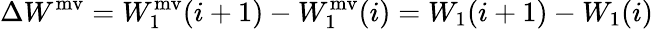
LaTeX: \Delta W^{\mathrm{mv}}=W_{1}^{\mathrm{mv}}(i+1)-W_{1}^{\mathrm{mv}}(i)=W_{1}(i+1)-W_{1}(i)